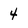
Character: 4